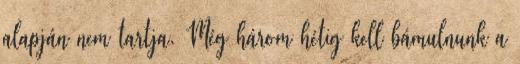
alapján nem tartja. Még három hétig kell bámulnunk a